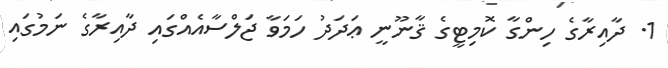
1. ދާއިރާގެ ހިންގާ ކޮމިޓީގެ ޤާނޫނީ ޢަދަދު ހަމަވާ ޖަލްސާއެއްގައި ދާއިރާގެ ނަމުގައި